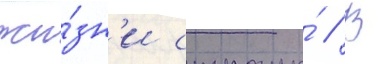
жи́зн'и страны́ // В